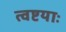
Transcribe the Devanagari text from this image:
त्वष्टयाः